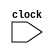
module CPU (clock);

// Instruction opcodes
parameter LW = 6'b100011, SW= 6'b101011, BEQ= 6'b000100, NOP= 32'b100000, ALUop = 6'b0;
input clock;

reg[31:0] PC, Regs[0:31], IMemory[0:1023], DMemory[0:1023], // separate memories  --> 1 KiloWord = 4 KiloBytes

IFIDIR, //1st stage 
IDEXA, IDEXB, IDEXIR, //2nd stage
EXMEMIR, EXMEMB, EXMEMALUOut, //3rd stage
MEMWBValue, MEMWBIR; //4th stage

wire [4:0] IDEXrs, IDEXrt, EXMEMrd, MEMWBrd, MEMWBrt; // Access register fields

wire [5:0] EXMEMop, MEMWBop, IDEXop; // Access opcodes

wire [31:0] Ain, Bin; // the ALU inputs

// These assignments define fields from the pipeline registers
assign IDEXrs= IDEXIR[25:21]; //rs field
assign IDEXrt= IDEXIR[20:16]; //rt field

assign EXMEMrd= EXMEMIR[15:11]; //rd field

assign MEMWBrd = MEMWBIR[15:11]; //rd field
assign MEMWBrt = MEMWBIR[20:16]; //rt field --> used for loads

/*opcodes*/
assign EXMEMop = EXMEMIR[31:26]; // the opcode
assign MEMWBop = MEMWBIR[31:26]; // the opcode
assign IDEXop = IDEXIR[31:26]; // the opcode

// Inputs to the ALU come directly from the ID/EX pipeline registers
assign Ain = IDEXA;
assign Bin = IDEXB;

reg [5:0] i; //used to initialize registers

initial begin

PC = 0;
IFIDIR = NOP; IDEXIR = NOP; EXMEMIR = NOP; MEMWBIR = NOP; // put no-ops in pipeline registers

for (i=0;i<=31;i=i+1) Regs[i] = i; //initialize registers--just so they aren?t cares

end

always @ (posedge clock) begin
// ALL these actions happen every pipe stage and with the use of <= they happen in parallel

// first instruction in the pipeline is being fetched
// Fetch & increment PC
IFIDIR<= IMemory[PC>>2]; //because every word has 4 bytes
PC<= PC + 4; //for the next instruction

//end

// second instruction in pipeline is fetching registers
IDEXA<=Regs[IFIDIR[25:21]]; IDEXB<=Regs[IFIDIR[20:16]]; // get two registers
IDEXIR<= IFIDIR; //pass along IR --> can happen anywhere, since this affects next stage only

// third instruction is doing address calculation or ALU operation
if ((IDEXop==LW) |(IDEXop==SW)) // address calculation
EXMEMALUOut <= IDEXA +{{16{IDEXIR[15]}} /*sign extend*/, IDEXIR[15:0] /*16 bit address*/};
/*the braces are the address calculation for I-format instructions --> Offset*/
/*All in all it's Reg+Offset*/

else if (IDEXop==ALUop)

case (IDEXIR[5:0]) //case for the various R-type instructions
32: EXMEMALUOut <= Ain + Bin; //add operation
default: ; //other R-type operations: subtract, SLT, etc.
endcase

EXMEMIR <= IDEXIR; EXMEMB <= IDEXB; //pass along the IR & B register

//Mem stage of pipeline
if (EXMEMop==ALUop) MEMWBValue <= EXMEMALUOut; //pass along ALU result

else if (EXMEMop == LW) MEMWBValue <= DMemory[EXMEMALUOut>>2];
/*Reg+Offset divided by 4 to get the word address not the byte address*/

else if (EXMEMop == SW) DMemory[EXMEMALUOut>>2] <=EXMEMB; //store

MEMWBIR <= EXMEMIR; //pass along IR

// the WB stage
if ((MEMWBop==ALUop) & (MEMWBrd != 0)) // update registers if ALU operation and destination not 0
Regs[MEMWBrd] <= MEMWBValue; // ALU operation
else if ((EXMEMop == LW)& (MEMWBrt != 0)) // Update registers if load and destination not 0
Regs[MEMWBrt] <= MEMWBValue; //rt because lw is an I-format instruction
end

endmodule